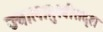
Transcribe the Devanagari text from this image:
ज्वालामुखीसदृश